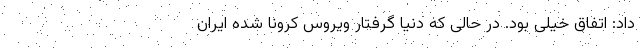
داد: اتفاق خیلی بود. در حالی که دنیا گرفتار ویروس کرونا شده ایران